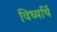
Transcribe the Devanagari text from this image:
विध्यर्थि